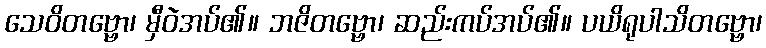
သေဝိတဗ္ဗော၊ မှီဝဲအပ်၏။ ဘဇိတဗ္ဗော၊ ဆည်းကပ်အပ်၏။ ပယိရုပါသိတဗ္ဗော၊